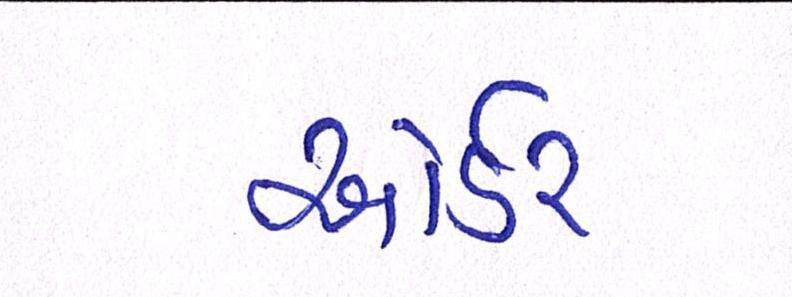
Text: ઓર્ડર